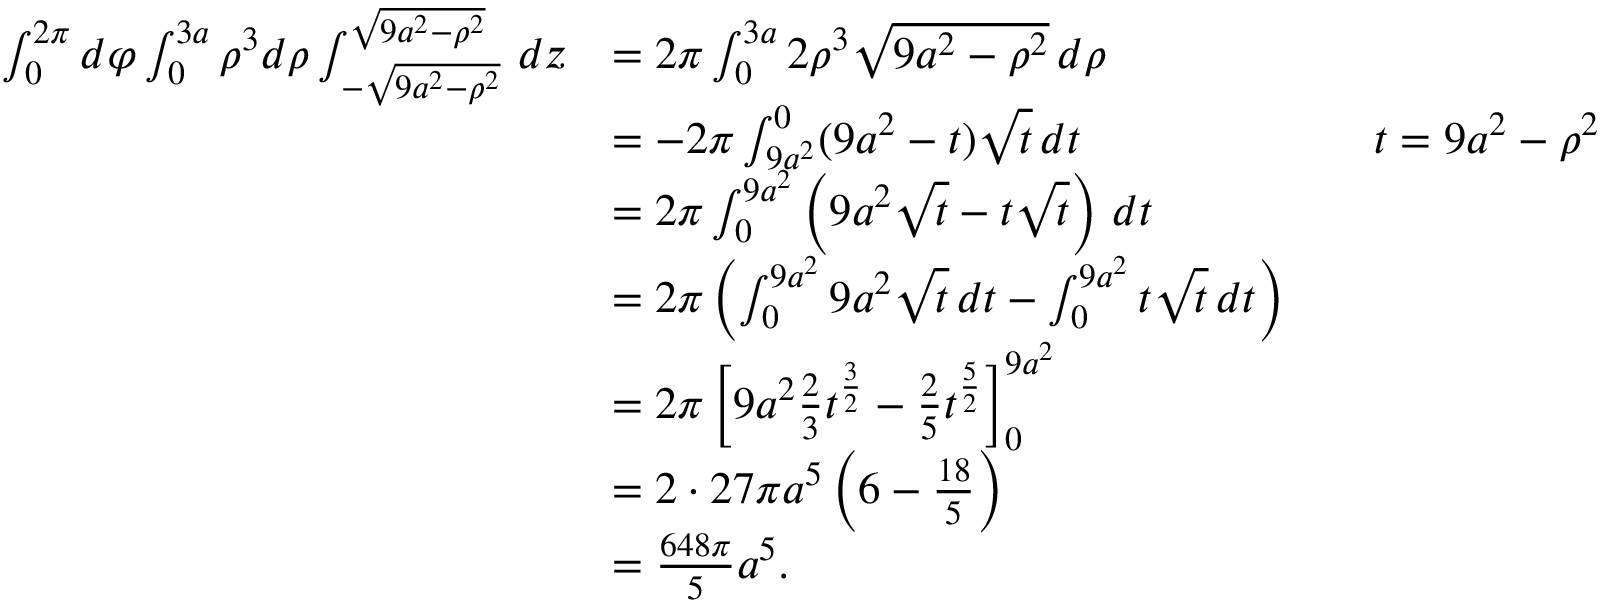
{ \begin{array} { r l r l } { \int _ { 0 } ^ { 2 \pi } d \varphi \int _ { 0 } ^ { 3 a } \rho ^ { 3 } d \rho \int _ { - { \sqrt { 9 a ^ { 2 } - \rho ^ { 2 } } } } ^ { \sqrt { 9 a ^ { 2 } - \rho ^ { 2 } } } \, d z } & { = 2 \pi \int _ { 0 } ^ { 3 a } 2 \rho ^ { 3 } { \sqrt { 9 a ^ { 2 } - \rho ^ { 2 } } } \, d \rho } \\ & { = - 2 \pi \int _ { 9 a ^ { 2 } } ^ { 0 } ( 9 a ^ { 2 } - t ) { \sqrt { t } } \, d t } & & { t = 9 a ^ { 2 } - \rho ^ { 2 } } \\ & { = 2 \pi \int _ { 0 } ^ { 9 a ^ { 2 } } \left( 9 a ^ { 2 } { \sqrt { t } } - t { \sqrt { t } } \right) \, d t } \\ & { = 2 \pi \left( \int _ { 0 } ^ { 9 a ^ { 2 } } 9 a ^ { 2 } { \sqrt { t } } \, d t - \int _ { 0 } ^ { 9 a ^ { 2 } } t { \sqrt { t } } \, d t \right) } \\ & { = 2 \pi \left[ 9 a ^ { 2 } { \frac { 2 } { 3 } } t ^ { \frac { 3 } { 2 } } - { \frac { 2 } { 5 } } t ^ { \frac { 5 } { 2 } } \right] _ { 0 } ^ { 9 a ^ { 2 } } } \\ & { = 2 \cdot 2 7 \pi a ^ { 5 } \left( 6 - { \frac { 1 8 } { 5 } } \right) } \\ & { = { \frac { 6 4 8 \pi } { 5 } } a ^ { 5 } . } \end{array} }